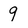
Character: 9